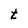
Character: t